Scottish Certificate of Education, 1963
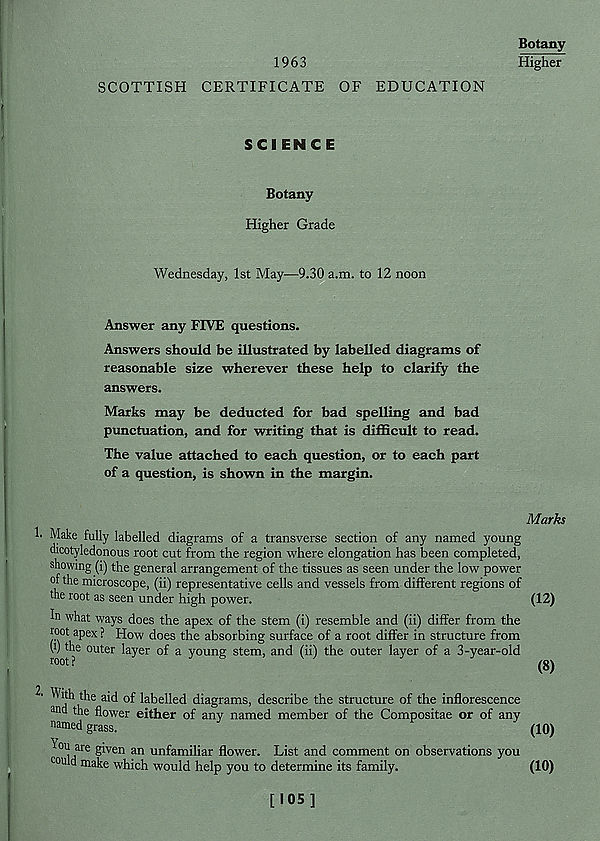
1963
SCOTTISH CERTIFICATE OF EDUCATION
Botany
Higher
SCIEN C E
Botany
Higher Grade
Wednesday, 1st May—9.30 a.m. to 12 noon
Answer any FIVE questions.
Answers should be illustrated by labelled diagrams of
reasonable size wherever these help to clarify the
answers.
Marks may be deducted for bad spelling and bad
punctuation, and for writing that is difficult to read.
The value attached to each question, or to each part
of a question, is shown in the margin.
Marks
h Make fully labelled diagrams of a transverse section of any named young
dicotyledonous root cut from the region where elongation has been completed,
showing (i) the general arrangement of the tissues as seen under the low power
of the microscope, (ii) representative cells and vessels from different regions of
the root as seen under high power.
(12)
In what ways does the apex of the stem (i) resemble and (ii) differ from the
root apex ? How does the absorbing surface of a root differ in structure from
V) the outer layer of a young stem, and (ii) the outer layer of a 3-year-old
root?
( o\
2' With the aid of labelled diagrams, describe the structure of the inflorescence
and the flower either of any named member of the Compositae or of any
named grass.
' (10)
Yo1 ! are given an unfamiliar flower. List and comment on observations you
could make which would help you to determine its family.
(10)
[105]